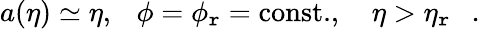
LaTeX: a(\eta)\simeq\eta,~~~\phi=\phi_{\mathtt{r}}=\mathrm{{const.}},~~~~\eta>\eta_{\mathtt{r}}~~~.